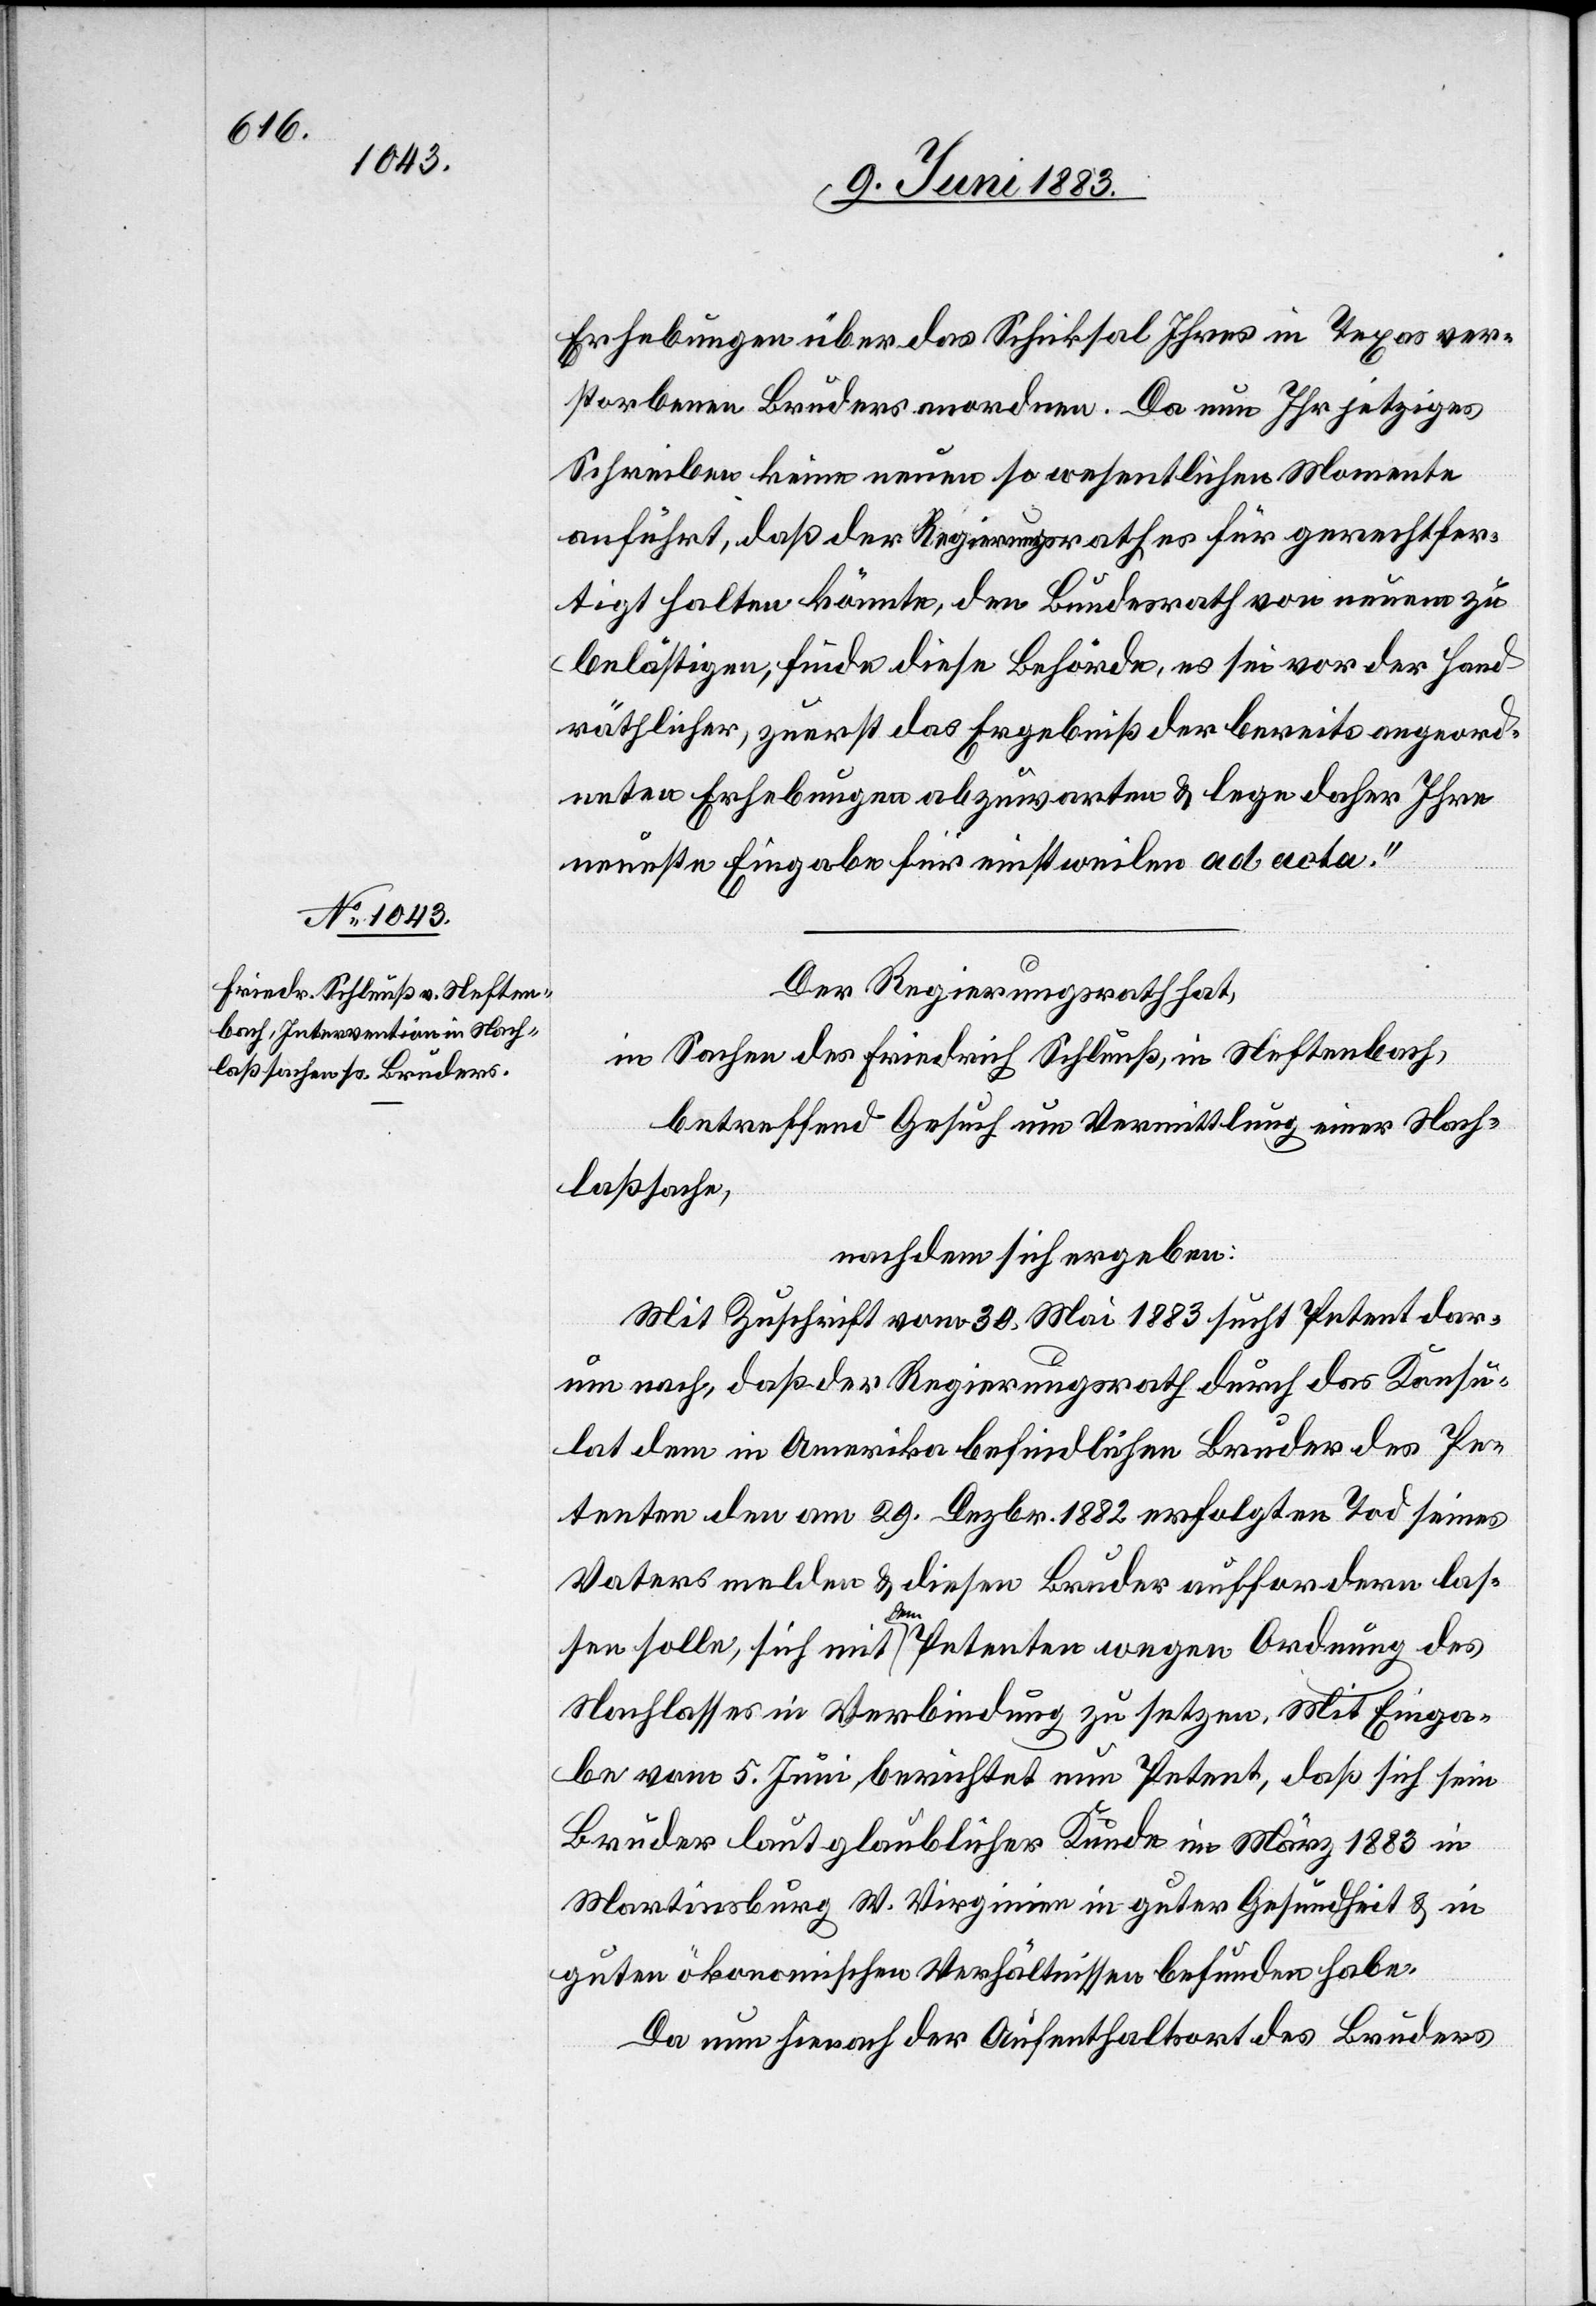
Erhebungen über das Schicksal Ihres in Texas ver¬
storbenen Bruders anordnen. Da nun Ihr jetziges
Schreiben keine neuen so wesentlichen Momente
anführt, daß der Regierungsrath es für gerechtfer¬
tigt halten könnte, den Bundesrath von neuem zu
belästige, finde diese Behörde, es sei vor der Hand
räthlicher, zuerst das Ergebniß der bereits angeord¬
neten Erhebungen abzuwarten & lege daher Ihre
neueste Eingabe für einstweilen ad acta.“
Der Regierungsrath hat,
in Sachen des Friedrich Schleuß, in Neftenbach,
betreffend Gesuch um Vermittlung einer Nach¬
laßsache,
nachdem sich ergeben:
Mit Zuschrift vom 30. Mai 1883 sucht Petent dar¬
um nach, daß der Regierungsrath durch das Konsu¬
lat dem in Amerika befindlichen Bruder des Pe¬
tenten den am 29. Dezbr. 1882 erfolgten Tod seines
Vaters melden & diesen Bruder auffordern las¬
sen solle, sich mit den Petenten wegen Ordnung des
Nachlasses in Verbindung zu setzen. Mit Einga¬
be vom 5. Juni, berichtet nun Petent, daß sich sein
Bruder laut glaublicher Kunde im März 1883 in
Martinsburg M. Virginien in guter Gesundheit & in
guten ökonomischen Verhältnissen befunden habe.
Da nun hienach der Aufenthaltsort des Bruders